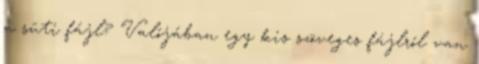
a süti fájl? Valójában egy kis szöveges fájlról van